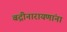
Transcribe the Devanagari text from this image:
बद्रीनारायणांना